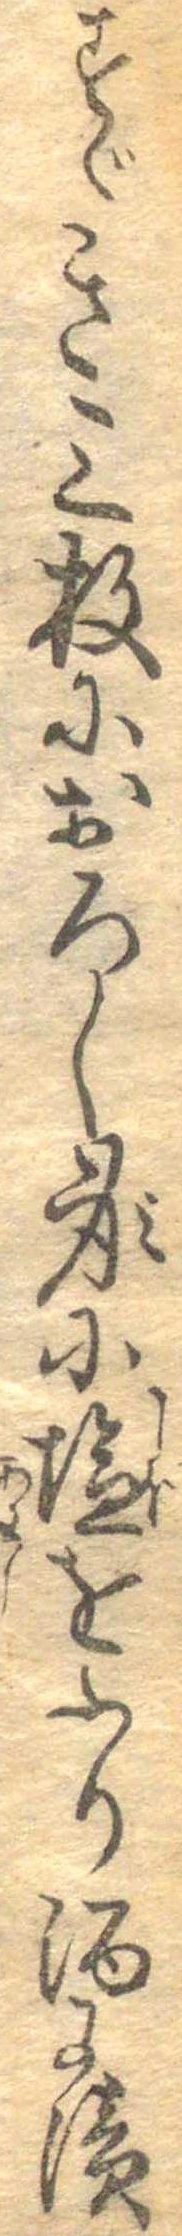
すゞき三枚におろし身に塩をふり酒に漬